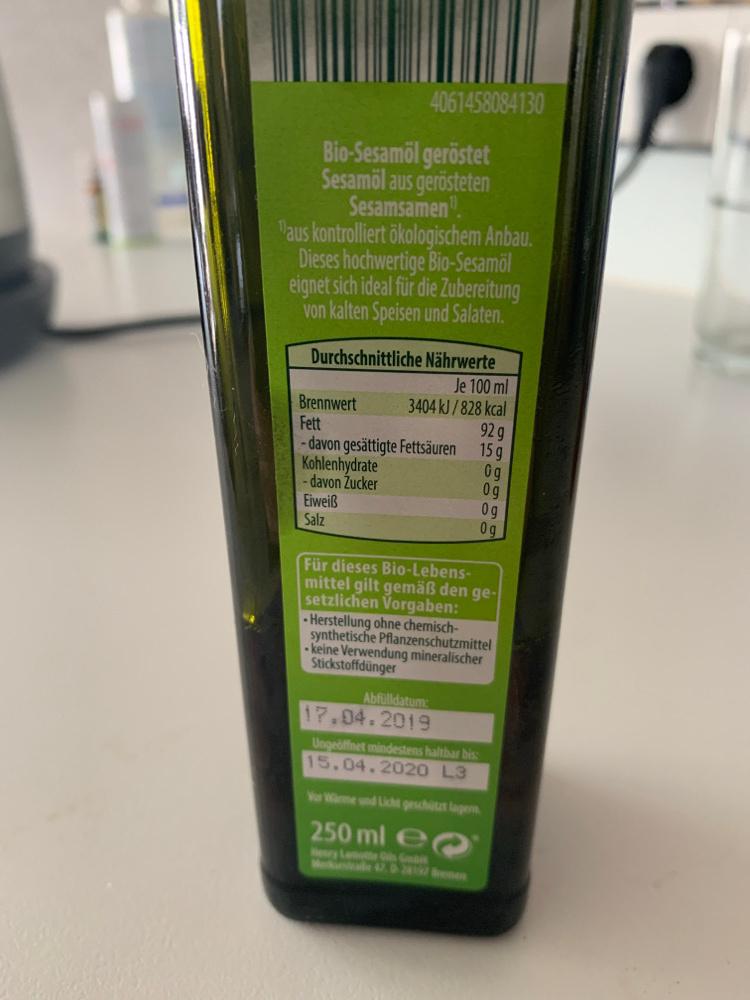
4061458084130 Bio-Sesamöl geröstet Sesamöl aus gerösteten Sesamsamen. Maus kontrolliert ökologischem Anbau. Dieses hochwertige Bio-Sesamöl eignet sich ideal für die Zubereitung von kalten Speisen und Salaten. Durchschnittliche Nährwerte Je 100 ml 3404 kJ/828 kcal 92 g 15 g Brennwert Fett - davon gesättigte Fettsäuren 0g 0g 0g 0g Kohlenhydrate - davon Žucker Eiweiß Salz Für dieses Bio-Lebens- mittel gilt gemäß den ge- setzlichen Vorgaben: - Herstellung ohne chemisch- synthetische Pflanzenschutzmittel - keine Verwendung mineralischer Stickstoffdünger Abfülldatum: 17.04.2019 Ungeöffnet mindestens haltbar bis 15.04.2020 L3 VoWme und Licht geschitzt lagem 250 ml e ery Lame s G Meskome Y .2 en